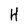
Character: H